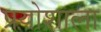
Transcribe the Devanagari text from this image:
प्रयोशाला